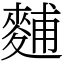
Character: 麱